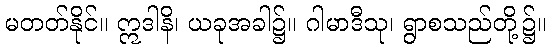
မတတ်နိုင်။ ဣဒါနိ၊ ယခုအခါ၌။ ဂါမာဒီသု၊ ရွာစသည်တို့၌။